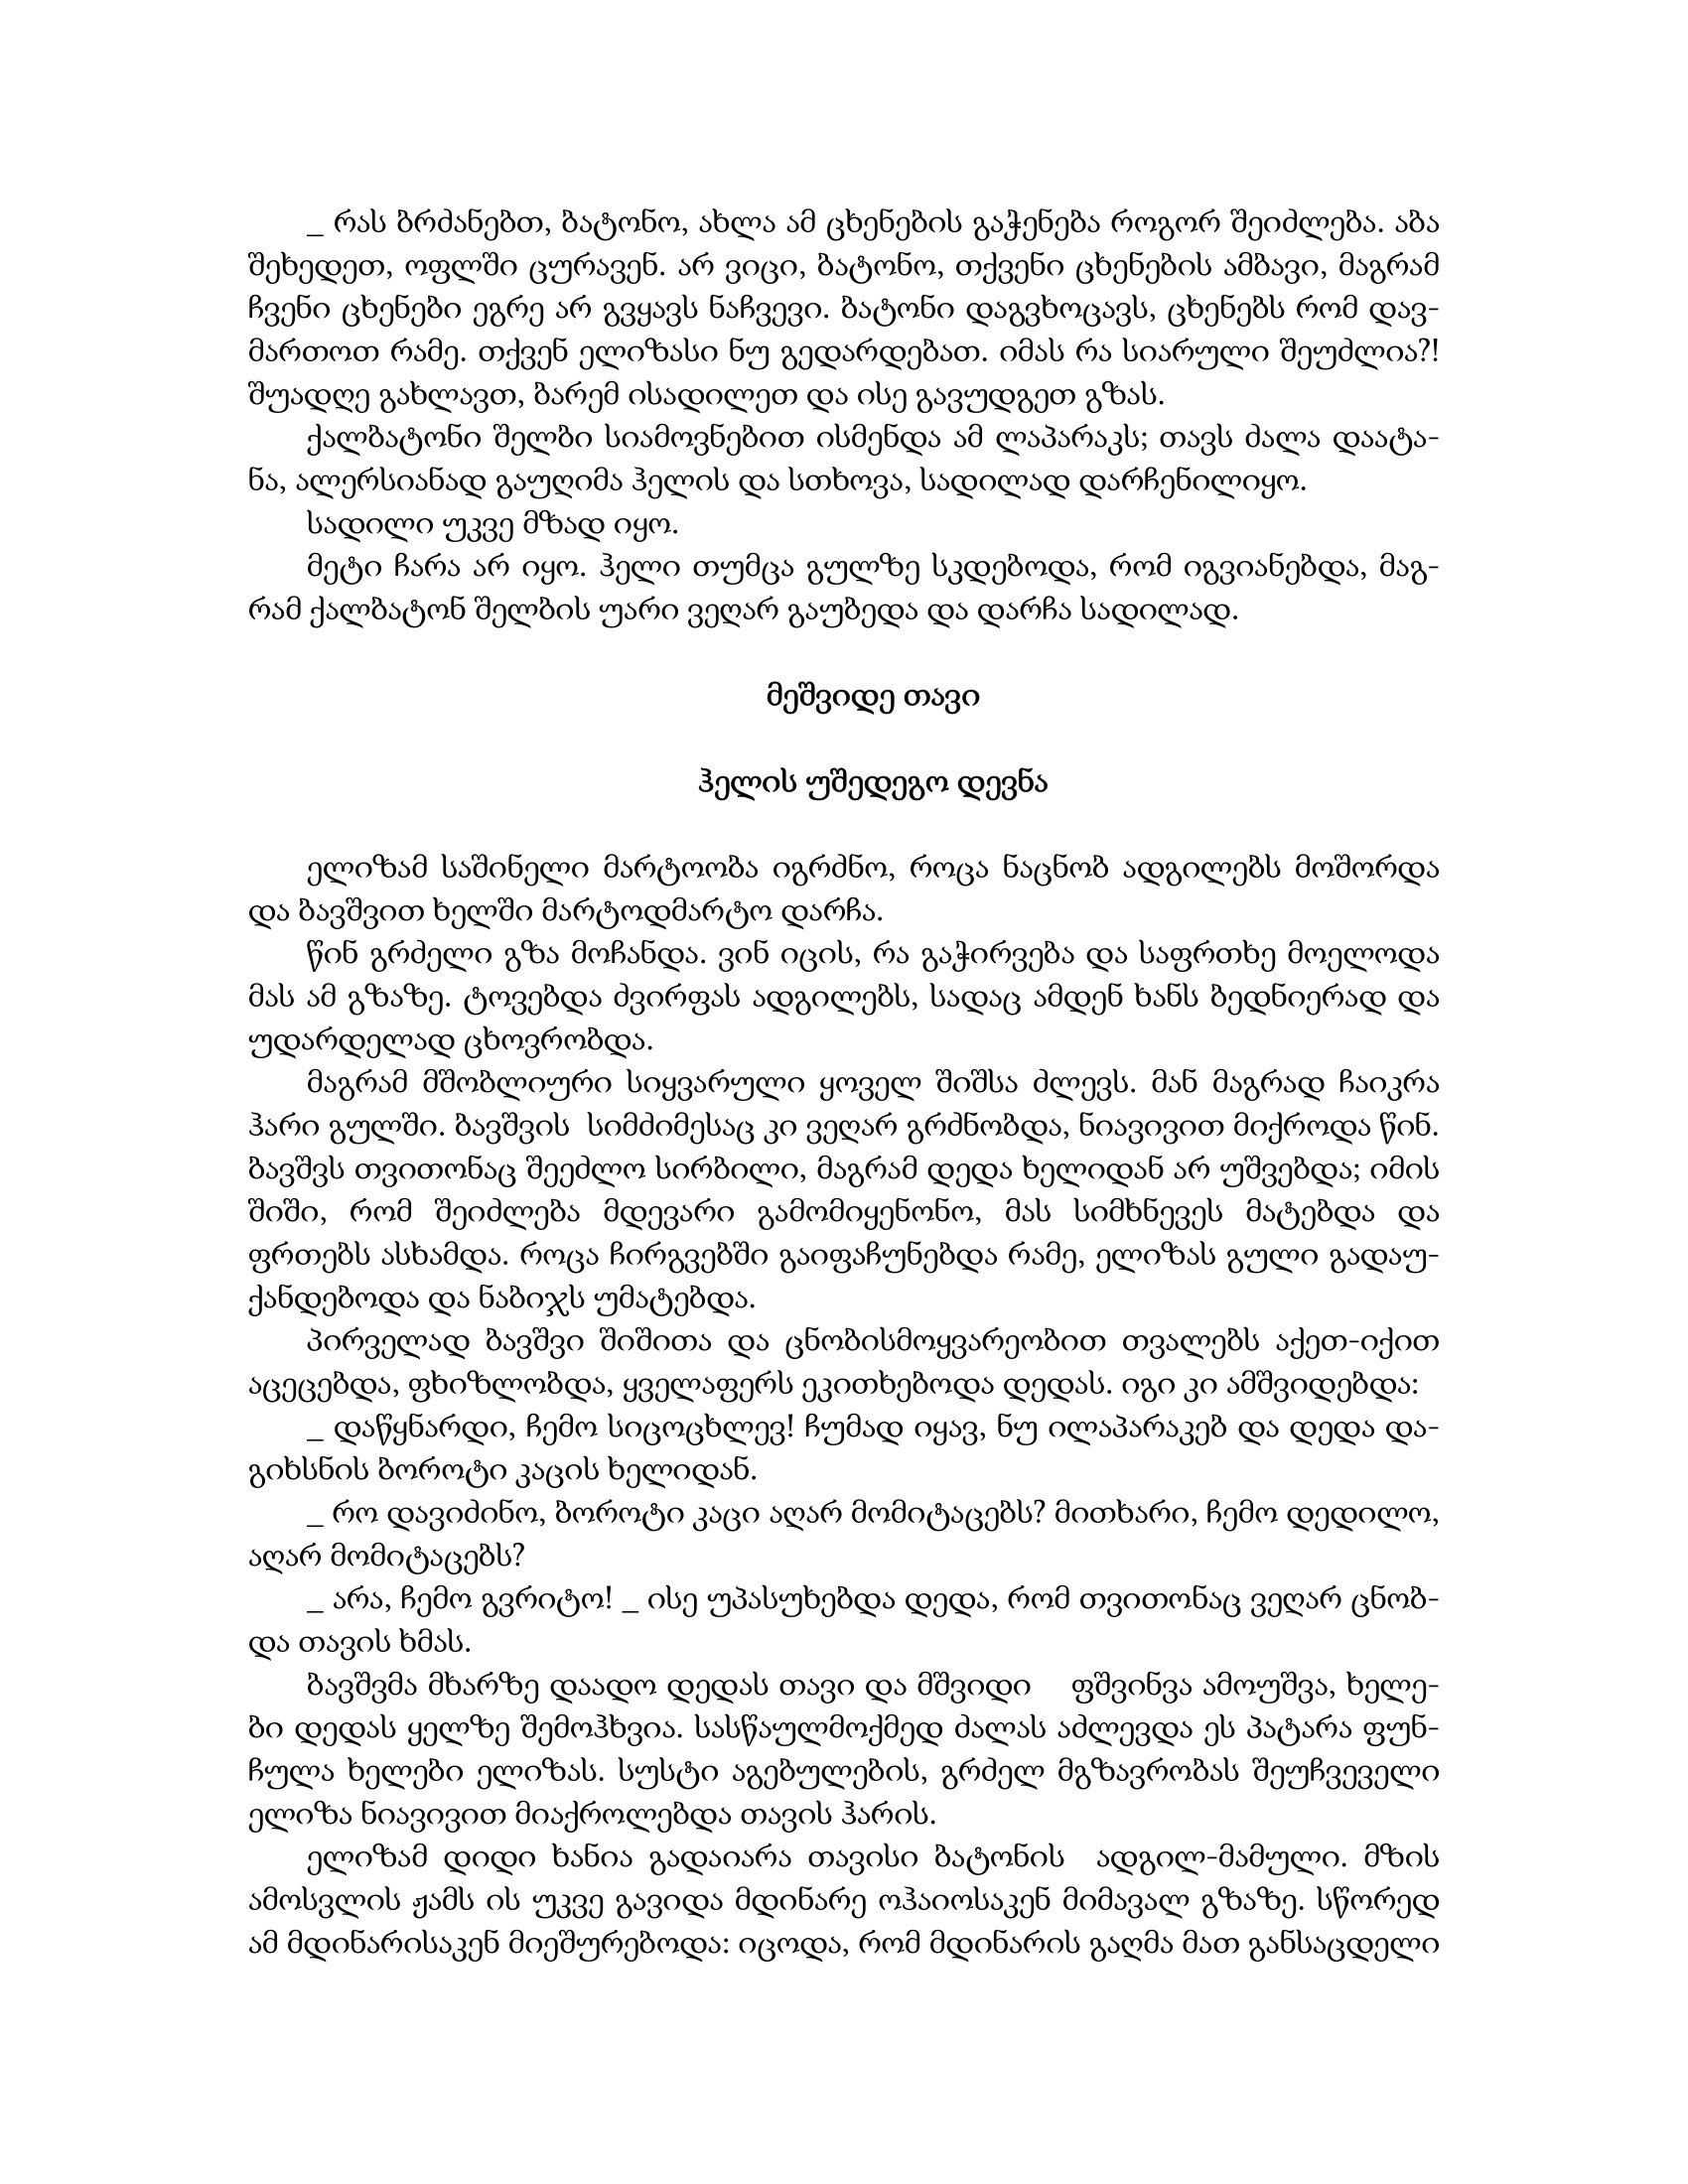
Language: gr